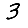
Digit: 3